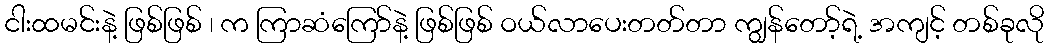
ငါးထမင်းနဲ့ ဖြစ်ဖြစ် ၊ က ကြာဆံကြော်နဲ့ ဖြစ်ဖြစ် ဝယ်လာပေးတတ်တာ ကျွန်တော့်ရဲ့ အကျင့် တစ်ခုလို